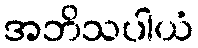
အဘိသပါယံ